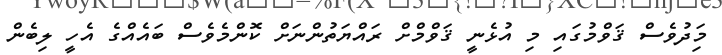
މިަދުވެސް ޤަވްމުގައި މި އުޅެނީ ޤަވްމްށް ރައްޔަތުންނަށް ކޮންމެވެސް ބައެއްގެ އެހީ ލިބެން